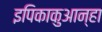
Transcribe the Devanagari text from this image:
इपिकाकुआन्हा